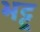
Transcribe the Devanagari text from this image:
भट्टू